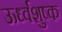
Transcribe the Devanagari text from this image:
ऊर्ध्वशुष्क